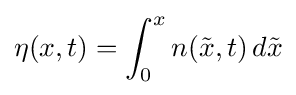
\eta (x,t)=\int _{0}^{x}n({\tilde {x}},t)\,d{\tilde {x}}